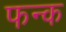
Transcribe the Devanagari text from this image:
फन्क